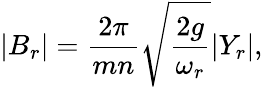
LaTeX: |B_{r}|=\frac{2\pi}{mn}\sqrt{\frac{2g}{\omega_{r}}}|Y_{r}|,